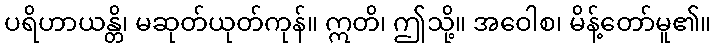
ပရိဟာယန္တိ၊ မဆုတ်ယုတ်ကုန်။ ဣတိ၊ ဤသို့။ အဝေါစ၊ မိန့်တော်မူ၏။